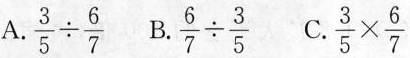
A. $$\frac{3}{5}\div \frac{6}{7}$$ B. $$\frac{6}{7}\div \frac{3}{5}$$ C. $$\frac{3}{5}\times \frac{6}{7}$$